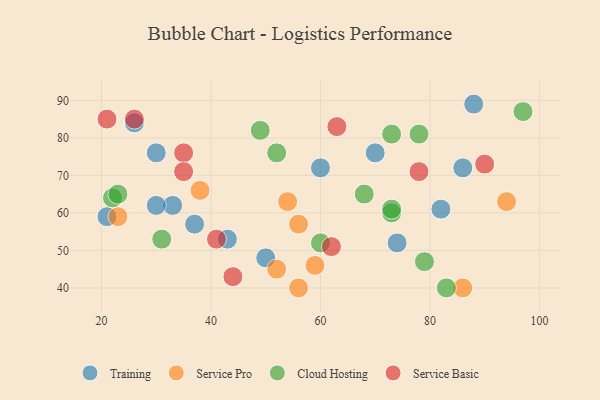
{"axis": {"x": "GDP", "y": "Life Expectancy"}, "legend": ["Cloud Hosting", "Service Basic", "Service Pro", "Training"], "data": [{"x": "21", "y": 59, "type": "Training"}, {"x": "33", "y": 62, "type": "Training"}, {"x": "30", "y": 62, "type": "Training"}, {"x": "88", "y": 89, "type": "Training"}, {"x": "60", "y": 72, "type": "Training"}, {"x": "43", "y": 53, "type": "Training"}, {"x": "70", "y": 76, "type": "Training"}, {"x": "50", "y": 48, "type": "Training"}, {"x": "82", "y": 61, "type": "Training"}, {"x": "30", "y": 76, "type": "Training"}, {"x": "26", "y": 84, "type": "Training"}, {"x": "74", "y": 52, "type": "Training"}, {"x": "37", "y": 57, "type": "Training"}, {"x": "86", "y": 72, "type": "Training"}, {"x": "56", "y": 40, "type": "Service Pro"}, {"x": "54", "y": 63, "type": "Service Pro"}, {"x": "86", "y": 40, "type": "Service Pro"}, {"x": "38", "y": 66, "type": "Service Pro"}, {"x": "56", "y": 57, "type": "Service Pro"}, {"x": "94", "y": 63, "type": "Service Pro"}, {"x": "59", "y": 46, "type": "Service Pro"}, {"x": "23", "y": 59, "type": "Service Pro"}, {"x": "52", "y": 45, "type": "Service Pro"}, {"x": "22", "y": 64, "type": "Cloud Hosting"}, {"x": "68", "y": 65, "type": "Cloud Hosting"}, {"x": "73", "y": 60, "type": "Cloud Hosting"}, {"x": "78", "y": 81, "type": "Cloud Hosting"}, {"x": "83", "y": 40, "type": "Cloud Hosting"}, {"x": "31", "y": 53, "type": "Cloud Hosting"}, {"x": "97", "y": 87, "type": "Cloud Hosting"}, {"x": "49", "y": 82, "type": "Cloud Hosting"}, {"x": "73", "y": 81, "type": "Cloud Hosting"}, {"x": "23", "y": 65, "type": "Cloud Hosting"}, {"x": "60", "y": 52, "type": "Cloud Hosting"}, {"x": "79", "y": 47, "type": "Cloud Hosting"}, {"x": "52", "y": 76, "type": "Cloud Hosting"}, {"x": "73", "y": 61, "type": "Cloud Hosting"}, {"x": "90", "y": 73, "type": "Service Basic"}, {"x": "41", "y": 53, "type": "Service Basic"}, {"x": "78", "y": 71, "type": "Service Basic"}, {"x": "35", "y": 76, "type": "Service Basic"}, {"x": "62", "y": 51, "type": "Service Basic"}, {"x": "35", "y": 71, "type": "Service Basic"}, {"x": "26", "y": 85, "type": "Service Basic"}, {"x": "44", "y": 43, "type": "Service Basic"}, {"x": "63", "y": 83, "type": "Service Basic"}, {"x": "21", "y": 85, "type": "Service Basic"}]}